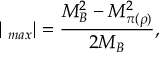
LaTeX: | { \bf \Delta } _ { m a x } | = \frac { M _ { B } ^ { 2 } - M _ { \pi ( \rho ) } ^ { 2 } } { 2 M _ { B } } ,